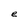
Character: e